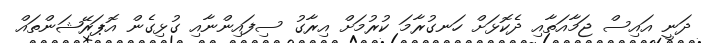
ދަނީ އައިސް ޖަމާއަތާއި ދެކޮޅަށް ހަނގުރާމަ ކުރުމަށް އިރާގު ސިފައިންނާއި ގުޅިގެން އޮޕަރޭޝަންތައް